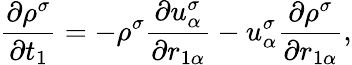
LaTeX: \frac{\partial\rho^{\sigma}}{\partial t_{1}}=-\rho^{\sigma}\frac{\partial u_{\alpha}^{\sigma}}{\partial r_{1\alpha}}-u_{\alpha}^{\sigma}\frac{\partial\rho^{\sigma}}{\partial r_{1\alpha}},